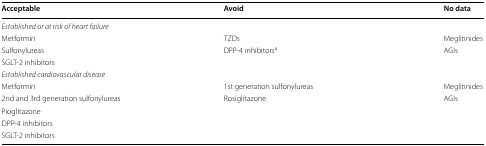
| Acceptable | Avoid | No data |
 | --- | --- | --- |
 | <COLSPAN=3> Established or at risk of heart failure |
 | Metformin | TZDs | Meglitinides |
 | Sulfonylureas | DPP-4 inhibitorsa | AGIs |
 | SGLT-2 inhibitors |  |  |
 | <COLSPAN=3> Established cardiovascular disease |
 | Metformin | 1st generation sulfonylureas | Meglitinides |
 | 2nd and 3rd generation sulfonylureas | Rosiglitazone | AGIs |
 | Pioglitazone |  |  |
 | DPP-4 inhibitors |  |  |
 | SGLT-2 inhibitors |  |  |